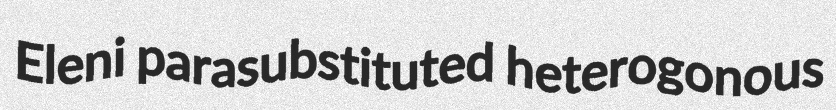
Eleni parasubstituted heterogonous